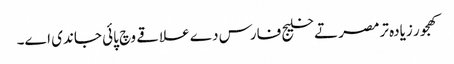
کھجور زیادہ ترمصر تے خلیج فارس دے علاقے وچ پائی جاندی ا‏‏ے۔